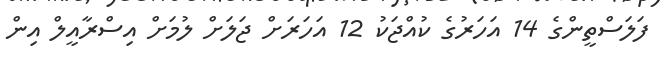
ފަލަސްތީންގެ 14 އަހަރުގެ ކުއްޖަކު 12 އަހަރަށް ޖަލަށް ލުމަށް އިސްރާއީލް އިން